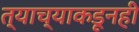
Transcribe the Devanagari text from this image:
त्याच्याकडूनही